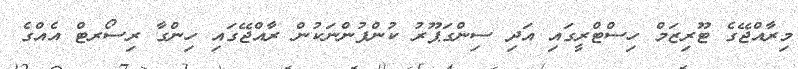
މިރާއްޖޭގެ ޓޫރިޒަމް ހިސްޓްރީގައި އަދި ސިންގަޕޫރު ކުންފުންނަކުން ރާއްޖޭގައި ހިންގާ ރިސޯރޓް އެއްގެ